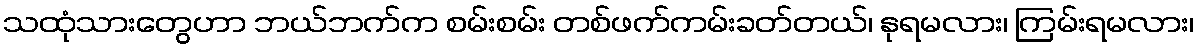
သထုံသားတွေဟာ ဘယ်ဘက်က စမ်းစမ်း တစ်ဖက်ကမ်းခတ်တယ်၊ နုရမလား၊ ကြမ်းရမလား၊